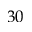
3 0